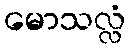
မောသလ္လံ